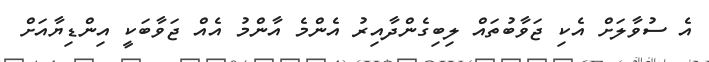
އެ ސުވާލަށް އެކި ޖަވާބުތައް ލިބިގެންދާއިރު އެންމެ އާންމު އެއް ޖަވާބަކީ އިންޑިޔާއަށް